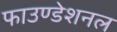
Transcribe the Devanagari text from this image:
फाउण्डेशनल